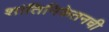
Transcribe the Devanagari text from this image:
शांतिनिकेतनची